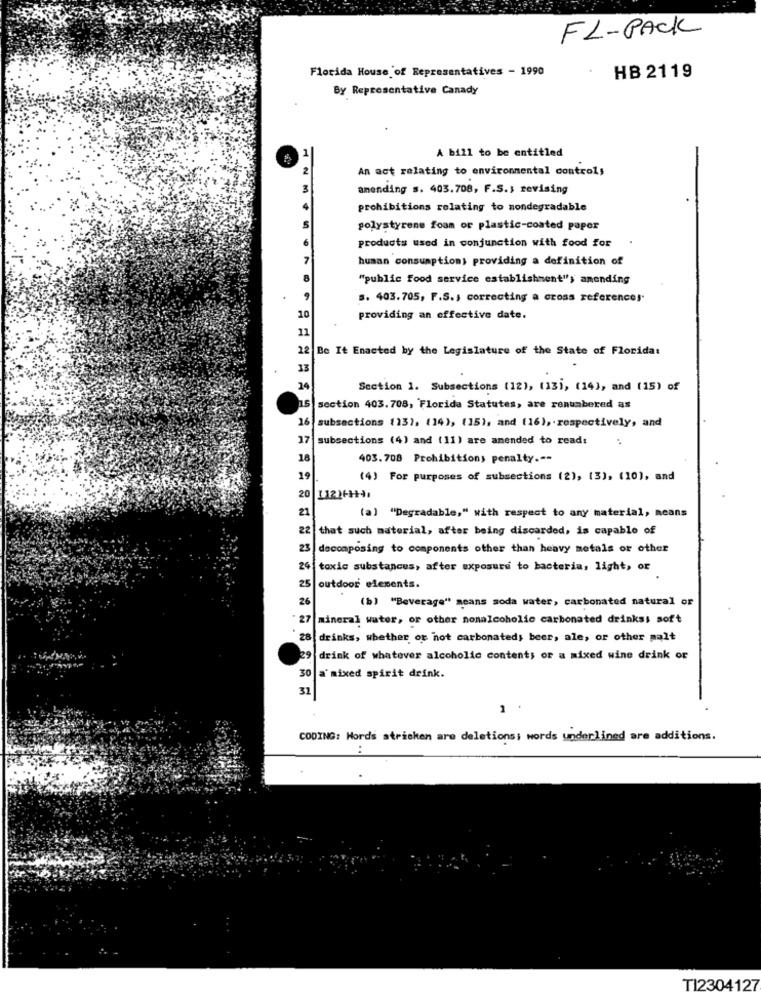
FL-PACK
Florida House of Representatives - 1990
HB 2119
By Representative Canady
1
A bill to be entitled
2
An act relating to environmental controls
3
amending s. 403.708, F.S .; revising
prohibitions relating to nondegradable
s
polystyrene foam or plastic-coated paper
products used in conjunction with food for
7
human consumption; providing a definition of
8
"public food service establishment"y amending
9
s. 403.705, F.S ., correcting a cross references.
10
providing an effective date.
11
12 Be It Enacted by the Legislature of the State of Floridat
13
14
Section 1. Subsections (12), (13i, (14), and (15) of
section 403. 708, Florida Statutes, are renumbered as
subsections (13), (14), (15), and (16), respectively, and
17
subsections (4) and (11) are anended to read:
18
403.708 Prohibitions penalty .--
19
(4) For purposes of subsections (2), (3), (10), and
20
(a] "Degradable," with respect to any material, means
21
22 that such material, after being discarded, is capable of
23
decomposing to components other than heavy metals or other
24 toxic substances, after exposure to bacteria, light, or
25
outdoor elements.
(b) "Beverage" means soda water, carbonated natural or
27
mineral water, or other nonalcoholic carbonated drinkss soft
28 drinks, whether or not carbonated; beer, ale, or other malt
29
drink of whatever alcoholic contents or a mixed wine drink or
30
a'mixed spirit drink.
CODING: Words stricken are deletions; words underlined are additions.
..
TI2304127